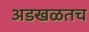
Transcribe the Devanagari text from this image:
अडखळतच